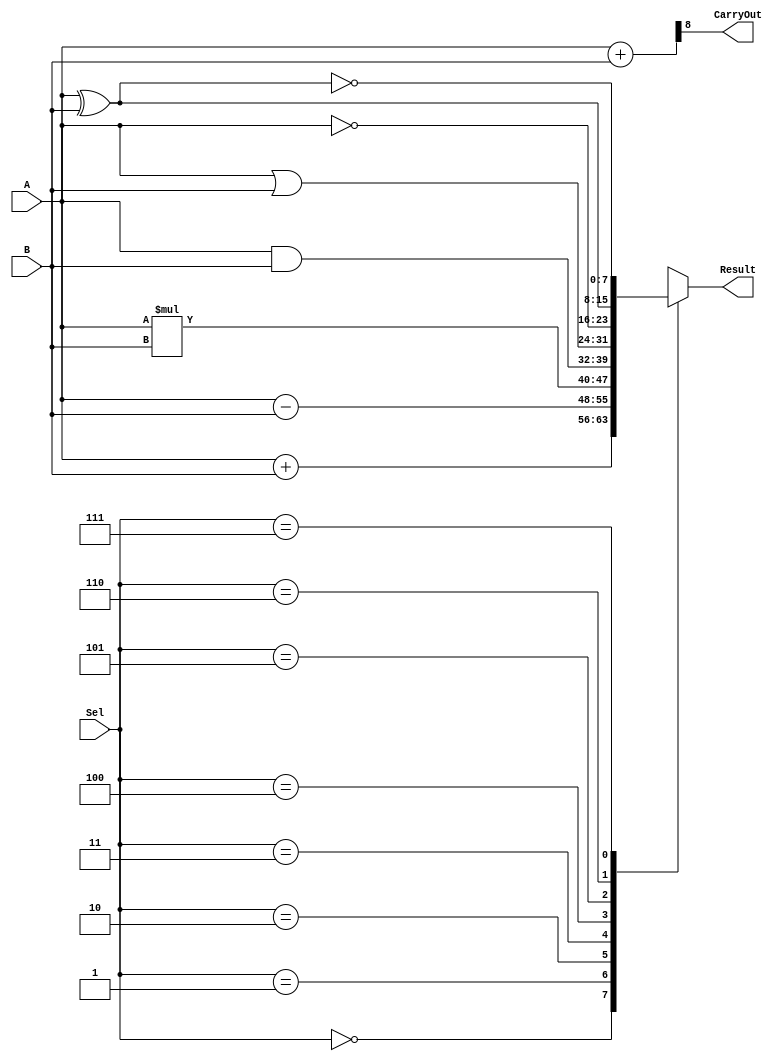
`timescale 1ns / 1ps

module alu(
input [7:0] A,B,  // ALU 8-bit Inputs                 
           input [2:0] Sel,// ALU Selection
           output [7:0] Result, // ALU 8-bit Output
           output CarryOut // Carry Out Flag
    );
    reg [7:0] out;
    wire [8:0] tmp;
    assign Result = out; // ALU out
    assign tmp = {1'b0,A} + {1'b0,B};
    assign CarryOut = tmp[8]; // Carryout flag
    always @(*)
    begin
        case(Sel)
         4'b0000: // Addition
           out = A + B ; 
         4'b0001: // Subtraction
           out = A - B ;
         4'b0010: // Multiplication
           out = A * B;
         4'b0011: // And
           out = A & B;
         4'b0100: // Or
           out = A | B;
         4'b0101: // Not
           out = ~A;
         4'b0110: // Ex-Or
           out = A ^ B;
         4'b0111: // Ex-Nor
           out = ~(A ^ B);
         default: out = A + B ; 
        endcase
    end
endmodule